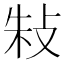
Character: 𢼲